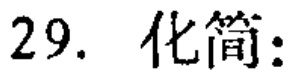
29. 化简：